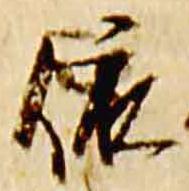
依